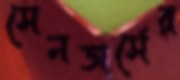
সেনডার্সের